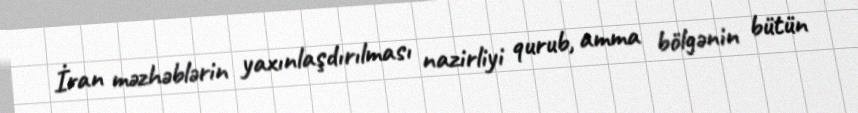
İran məzhəblərin yaxınlaşdırılması nazirliyi qurub, amma bölgənin bütün